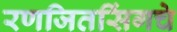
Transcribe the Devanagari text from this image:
रणजितसिंगचे